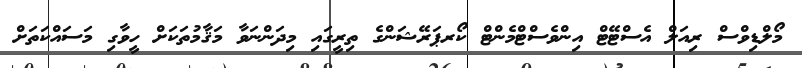
މޯލްޑިވްސް ރިއަލް އެސްޓޭޓް އިންވެސްޓްމެންޓް ކޯރޕަރޭޝަންގެ ތިރީގައި މިދަންނަވާ މަޤާމުތަކަށް ހީވާގި މަސައްކަތަށް